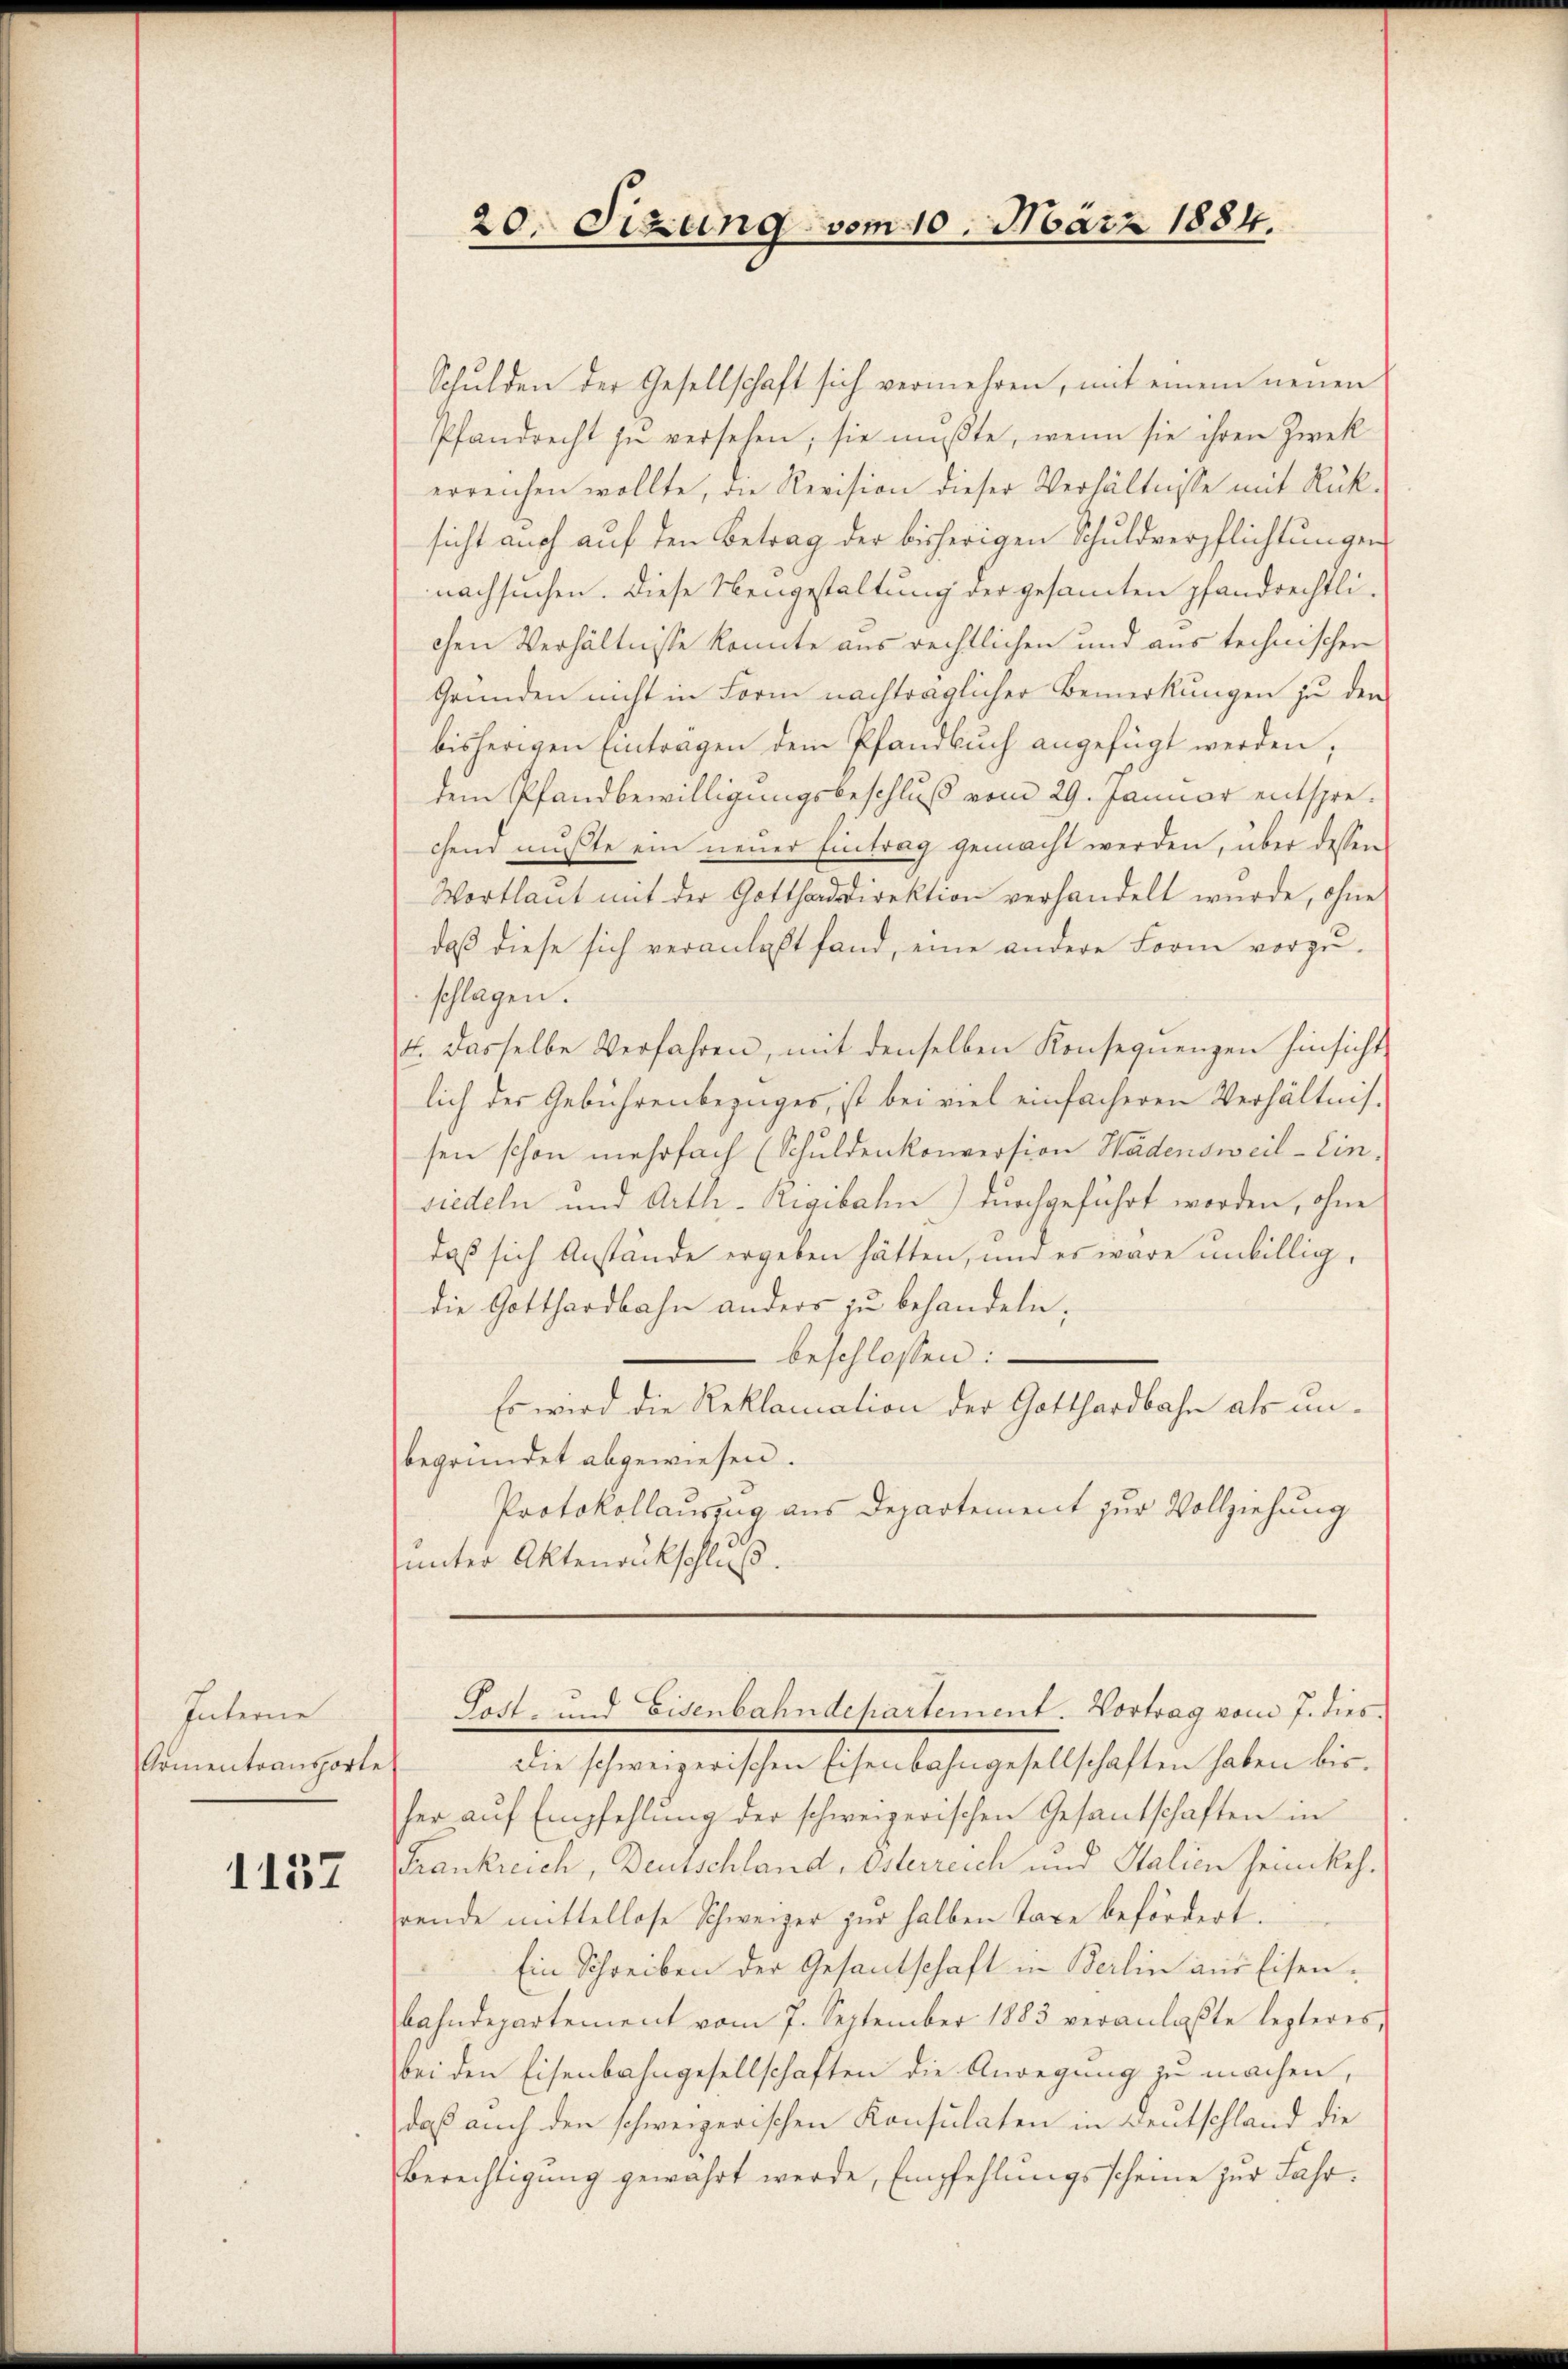
Interne
Komentransporte

1157

Schulden der Gesellschaft sich vermehren, mit einem neuen
Pfandrecht zu versehen, sie mußte, wenn sie ihren Zwek
erreichen wollte, die Revision dieser Verhältnisse mit Rüksicht auch auf den Betrag der bisherigen Schuldverpflichtungen
nachsuchen. Diese Neugestaltung der gesamten pfandrechtlichen Verhältnisse konnte aus rechtlichen und aus technischen
Gründen nicht in Form nachträglicher Bemerkungen zu den
bisherigen Einträgen dem Pfandbuch angefügt werden;
dem Pfandbewilligungsbeschluß vom 29. Januar entsprechend mußte ein neuer Eintrag gemacht werden, über dessen
Wortlaut mit der Gotthardsdirektion verhandelt wurde, ohne
daß diese sich veranlaßt fand, eine andere Form vorzuschlagen.
4. Dasselbe Verfahren, mit denselben Konsequenzen hinsicht
lich der Gebührenbezuges, ist bei viel einfacheren Verhältnissen schon mehrfach (Schuldenkonversion Wädensweil - Einsiedeln und Arth-Rigibahn) durchgeführt worden, ohne
daß sich Anstände ergeben hätten, und es wäre unbillig,
die Gotthardbahn anders zu behandeln;
beschlossen:
Es wird die Reklamation der Gotthardbahn als unbegründet abgewiesen.
Protokollauszug aus Departement zur Vollziehung
unter Aktenankschluß.

20. Sizung vom 10. März 1884.

Die schweizerischen Eisenbahngesellschaften haben bisher auf Empfehlung der schweizerischen Gesantschaften in
Frankreich, Deutschland, Esterreich und Stalien heimkehrende mittellose Schweizer zŭr halben Taxe befördert.
Ein Schreiben der Gesantschaft in Berlin aus Eisenbahndepartement vom 7. September 1883 veranlaßte lezteres
bei den Eisenbahngesellschaften die Anregung zu machen,
daß auch den schweizerischen Konsulaten in Beutschland die
Berechtigung gewahrt werde, Empfehlungsscheine zur Fahr¬

Lett- und Eisenbahndepartement. Vortrag vom 7. dies